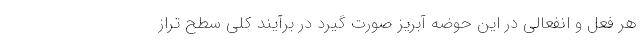
هر فعل و انفعالی در این حوضه آبریز صورت گیرد در برآیند کلی سطح تراز